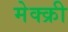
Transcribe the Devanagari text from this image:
मेक्क्री